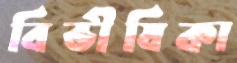
বিভীষিকা